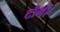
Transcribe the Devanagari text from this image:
टौनी